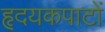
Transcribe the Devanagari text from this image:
हृदयकपाटों